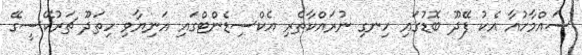
ސައްމާހުއާ އެކު ފޭދޫ ބޮޑުގައި ހިނގި ނުރައްކާތެރި އެކްސިޑެންޓްގައި އަނިޔާވި ހިތަދޫ ޗަރުކޭސީގޭ